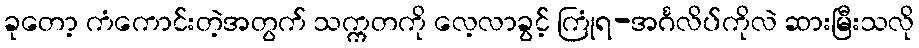
ခုတော့ ကံကောင်းတဲ့အတွက် သက္ကတကို လေ့လာခွင့် ကြုံရ-အင်္ဂလိပ်ကိုလဲ ဆားမြီးသလို